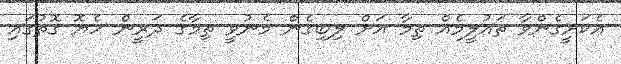
އެކަށީގެންވާ ތައުލީމެއް ތިމާ އަށް ލިބިގެން މެނުވީ ތިމާގެ ދަރީން ހެޔޮ ގޮތުގައި